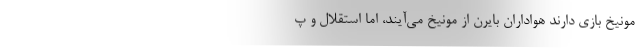
مونیخ بازی دارند هواداران بایرن از مونیخ می‌آیند، اما استقلال و پ